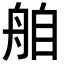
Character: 𮎌